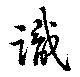
識